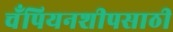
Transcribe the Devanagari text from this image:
चँपियनशीपसाठी